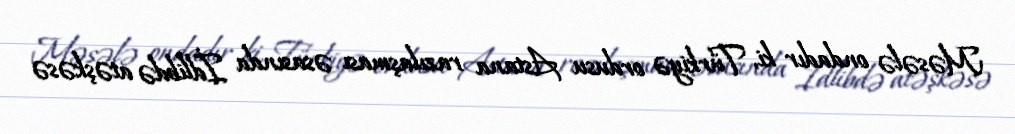
Məsələ ondadır ki, Türkiyə ordusu Astana razılaşması əsasında İdlibdə atəşkəsə